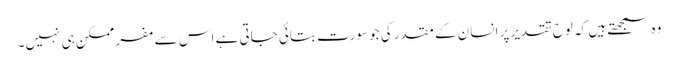
وہ سمجھتے ہیں کہ لوح تقدیر پر انسان کے مقدر کی جو سورت بتائی جاتی ہے اس سے مفر ممکن ہی نہیں۔